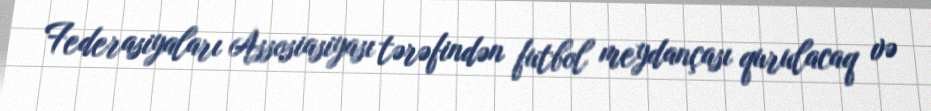
Federasiyaları Assosiasiyası tərəfindən futbol meydançası qurulacaq və